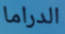
الدراما